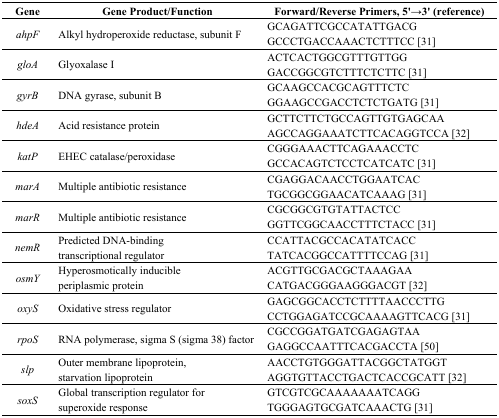
| Gene | Gene Product/Function | Forward/Reverse Primers, 5'→3' (reference) |
 | --- | --- | --- |
 | ahpF | Alkyl hydroperoxide reductase, subunit F | GCAGATTCGCCATATTGACGGCCCTGACCAAACTCTTTCC [31] |
 | gloA | Glyoxalase I | ACTCACTGGCGTTTGTTGGGACCGGCGTCTTTCTCTTC [31] |
 | gyrB | DNA gyrase, subunit B | GCAAGCCACGCAGTTTCTCGGAAGCCGACCTCTCTGATG [31] |
 | hdeA | Acid resistance protein | GCTTCTTCTGCCAGTTGTGAGCAAAGCCAGGAAATCTTCACAGGTCCA [31] |
 | katP | EHEC catalase/peroxidase | CGGGAAACTTCAGAAACCTCGCCACAGTCTCCTCATCATC [31] |
 | marA | Multiple antibiotic resistance | CGAGGACAACCTGGAATCACTGCGGCGGAACATCAAAG [31] |
 | marR | Multiple antibiotic resistance | CGCGGCGTGTATTACTCCGGTTCGGCAACCTTTCTACC [31] |
 | nemR | Predicted DNA-binding transcriptional regulator | CCATTACGCCACATATCACCTATCACGGCCATTTTCCAG [31] |
 | osmY | Hyperosmotically inducible periplasmic protein | ACGTTGCGACGCTAAAGAACATGACGGGAAGGGACGT [32] |
 | oxyS | Oxidative stress regulator | GAGCGGCACCTCTTTTAACCCTTGCCTGGAGATCCGCAAAAGTTCACG [31] |
 | rpoS | RNA polymerase, sigma S (sigma 38) factor | CGCCGGATGATCGAGAGTAAGAGGCCAATTTCACGACCTA [50] |
 | slp | Outer membrane lipoprotein, starvation lipoprotein | AACCTGTGGGATTACGGCTATGGTAGGTGTTACCTGACTCACCGCATT [32] |
 | soxS | Global transcription regulator for superoxide response | GTCGTCGCAAAAAAATCAGGTGGGAGTGCGATCAAACTG [31] |